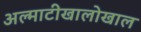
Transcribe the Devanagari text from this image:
अल्माटीखालोखाल